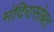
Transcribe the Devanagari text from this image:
मंदिरासोबत